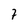
Character: 7